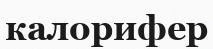
калорифер